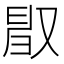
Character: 𠭜